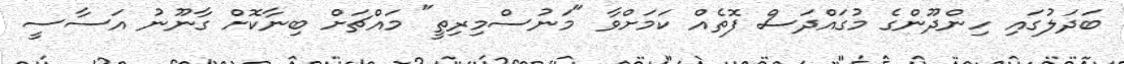
ބަދަލުގައި ހިންދޫންގެ މުގައްދަސް ފޮތެއް ކަމަށްވާ "މަނުސްމިރިތީ" މައްޗަށް ބިނާކޮށް ގާނޫނު އަސާސީ